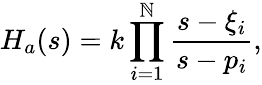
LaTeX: H_{a}(s)=k\prod_{i=1}^{\mathbb{N}}{\frac{{s-\xi_{i}}}{{s-p_{i}}}},